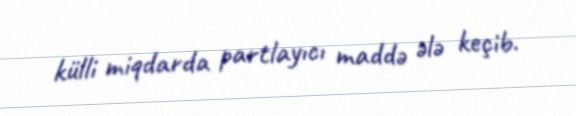
külli miqdarda partlayıcı maddə ələ keçib.